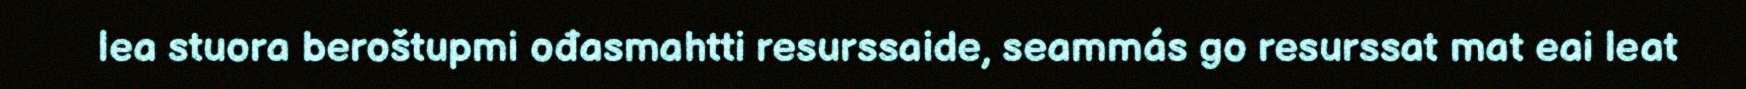
lea stuora beroštupmi ođasmahtti resurssaide, seammás go resurssat mat eai leat